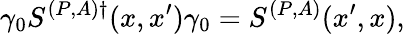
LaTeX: \gamma_{0}S^{(P,A)\dagger}(x,x^{\prime})\gamma_{0}=S^{(P,A)}(x^{\prime},x),